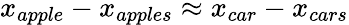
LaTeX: x_{apple}-x_{apples}\approx x_{car}-x_{cars}